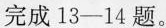
完成13—14题。